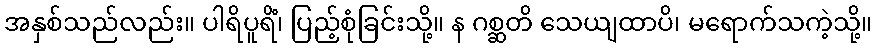
အနှစ်သည်လည်း။ ပါရိပူရိံ၊ ပြည့်စုံခြင်းသို့။ န ဂစ္ဆတိ သေယျထာပိ၊ မရောက်သကဲ့သို့။